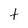
Character: t